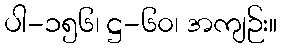
ပါ-၁၅၆၊ ဋ္ဌ-၆၀၊ အကျဉ်း။